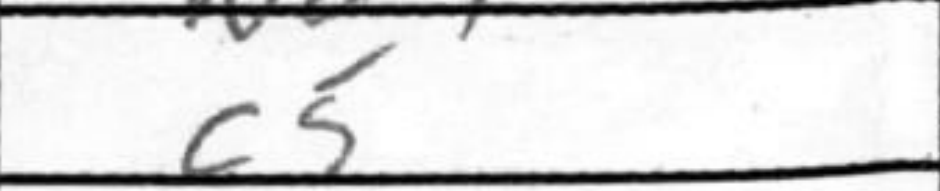
Transcription: c5